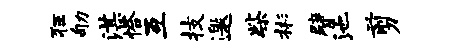
狂劬湛恰互技邀柴彬臂池剪